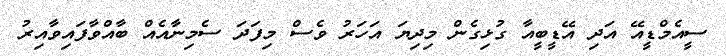
ސީއެމްޑީއޭ އަދި އޭޑީބީއާ ގުޅިގެން މިދިޔަ އަހަރު ވެސް މިފަދަ ސެމިނާއެއް ބާއްވާފައިވާއިރު